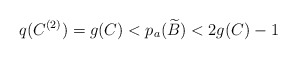
\begin{align*}q(C^{(2)})=g(C)<p_a(\widetilde{B})<2g(C)-1\end{align*}